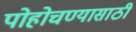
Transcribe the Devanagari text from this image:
पोहोचण्‍यासाठी